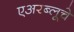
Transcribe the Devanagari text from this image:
एअरब्लूचे